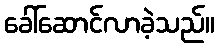
ခေါ်ဆောင်လာခဲ့သည်။